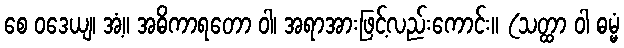
စေ ဝဒေယျ၊ အံ့။ အဓိကာရတော ဝါ၊ အရာအားဖြင့်လည်းကောင်း။ (သတ္ထာ ဝါ ဓမ္မံ